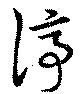
停